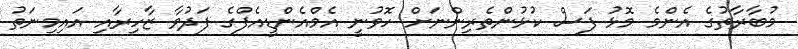
މުބާރާތުގެ އެންމެ މޮޅު ފަސް ކުޅުންތެރިންނަށް ހޮވުނީ އެމްއެންޑީއެފްގެ ފަދުވާ ޒާހިރާއި އައިމިނަތު